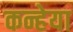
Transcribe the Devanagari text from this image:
कन्हेया